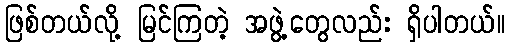
ဖြစ်တယ်လို့ မြင်ကြတဲ့ အဖွဲ့တွေလည်း ရှိပါတယ်။